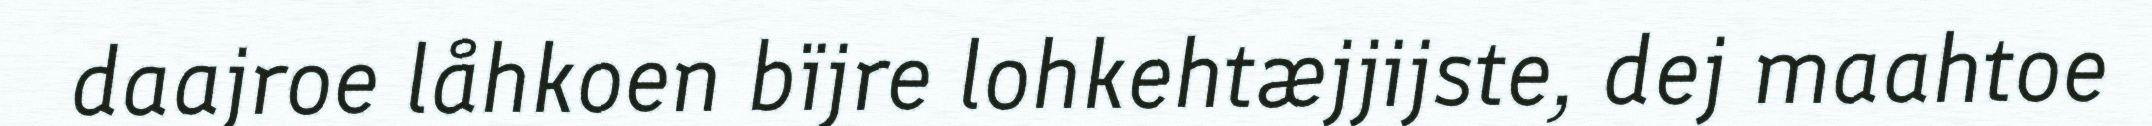
daajroe låhkoen bïjre lohkehtæjjijste, dej maahtoe